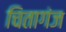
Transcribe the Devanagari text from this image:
चितागंज